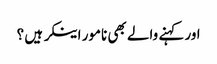
اور کہنے والے بھی نامور اینکر ہیں ؟